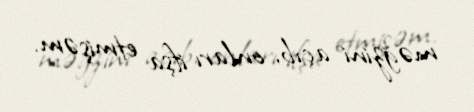
məğzini açıb, onları ifşa etmişəm.